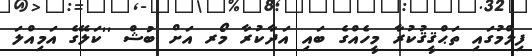
ފިލްމުގައި ތަޙްޤީޤުކުރާ މީހެއްގެ ބައި އަދާކުރާ މޯރ އަށް ބުޝް ''ކަލޭގެ އަމިއްލަ